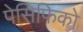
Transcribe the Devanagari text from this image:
पेसिफिको